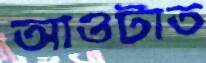
আওটাত